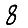
Digit: 8